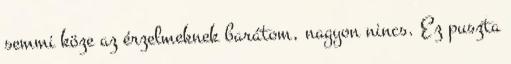
semmi köze az érzelmeknek barátom, nagyon nincs. Ez puszta